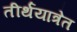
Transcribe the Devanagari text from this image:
तीर्थयात्रेत